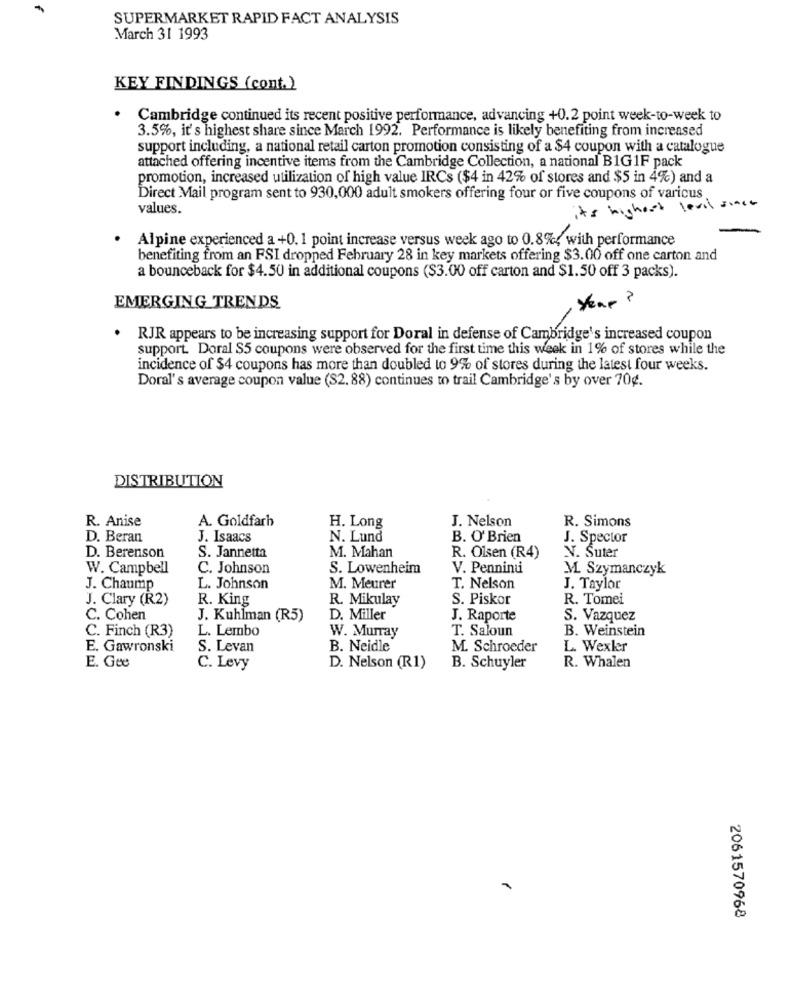
SUPERMARKET RAPID FACT ANALYSIS
March 31 1993
KEY FINDINGS (cont.)
Cambridge continued its recent positive performance, advancing +0.2 point week-to-week to
3.5%, it's highest share since March 1992. Performance is likely benefiting from increased
support including, a national retail carton promotion consisting of a $4 coupon with a catalogue
attached offering incentive items from the Cambridge Collection, a national B1G 1F pack
promotion, increased utilization of high value IRCs ($4 in 42% of stores and $5 in 4%) and a
Direct Mail program sent to 930,000 adult smokers offering four or five coupons of various
values.
it's highest level since
Alpine experienced a +0. 1 point increase versus week ago to 0.8%, with performance
benefiting from an FSI dropped February 28 in key markets offering $3.00 off one carton and
a bounceback for $4.50 in additional coupons ($3.00 off carton and $1.50 off 3 packs).
Year?
EMERGING TRENDS
· RJR appears to be increasing support for Doral in defense of Cambridge's increased coupon
support. Doral $5 coupons were observed for the first time this week in 1% of stores while the
incidence of $4 coupons has more than doubled to 9% of stores during the latest four weeks.
Doral's average coupon value (S2. 88) continues to trail Cambridge's by over 70g.
DISTRIBUTION
R. Anise
A. Goldfarb
J. Nelson
R. Simons
H. Long
D. Beran
J. Isaacs
N. Lund
B. O' Brien
J. Spector
D. Berenson
S. Jannetta
M. Mahan
R. Olsen (R4)
N. Suter
W. Campbell
C. Johnson
S. Lowenheim
V. Penninui
M. Szymanczyk
J. Chaump
L. Johnson
M. Meurer
T. Nelson
J. Taylor
J. Clary (R2)
R. King
R. Mikulay
S. Piskor
R. Tomei
C. Cohen
J. Kuhlman (R5)
D. Miller
J. Raporte
S. Vazquez
L. Lembo
W. Murray
T. Saloun
B. Weinstein
C. Finch (R3)
E. Gawronski
S. Levan
B. Neidle
M. Schroeder
L. Wexler
E. Gee
R. Whalen
C. Levy
D. Nelson (R1)
B. Schuyler
2061570968